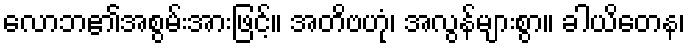
လောဘ၏အစွမ်းအားဖြင့်။ အတိဗဟုံ၊ အလွန်များစွာ။ ခါယိတေန၊